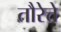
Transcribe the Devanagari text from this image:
तौरेत्ते